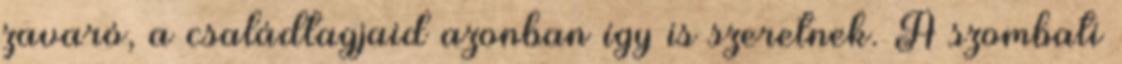
zavaró, a családtagjaid azonban így is szeretnek. A szombati